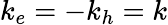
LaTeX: k_{e}=-k_{h}=k